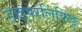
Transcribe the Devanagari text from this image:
हाइपरलिंकिङ्